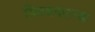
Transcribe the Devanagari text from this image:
विडबनात्म्क